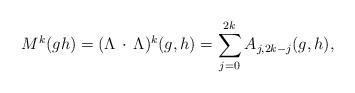
LaTeX: \begin{align*}M^k( gh)=(\Lambda \, \cdot\, \Lambda)^k(g,h)=\sum^{2k}_{j=0}A_{j, 2k-j}(g,h),\end{align*}